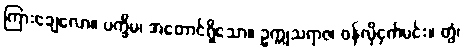
ကြားချေလော။ ပက္ခိမ၊ အတောင်ရှိသော။ ဥက္ကုသရာဇ၊ ဝန်လိုငှက်မင်း။ တွံ၊